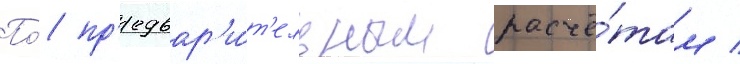
По́ пр'едвар'и́т'ельным расчё́там /